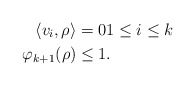
\begin{align*}\langle v_i , \rho \rangle &= 0 1 \leq i \leq k \\\varphi_{k+1}(\rho) & \leq 1.\end{align*}